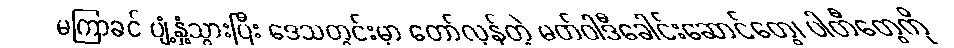
မကြာခင် ပျံ့နှံ့သွားပြီး ဒေသတွင်းမှာ တော်လှန်တဲ့ မတ်ဝါဒီခေါင်းဆောင်တွေ၊ ပါတီတွေကို